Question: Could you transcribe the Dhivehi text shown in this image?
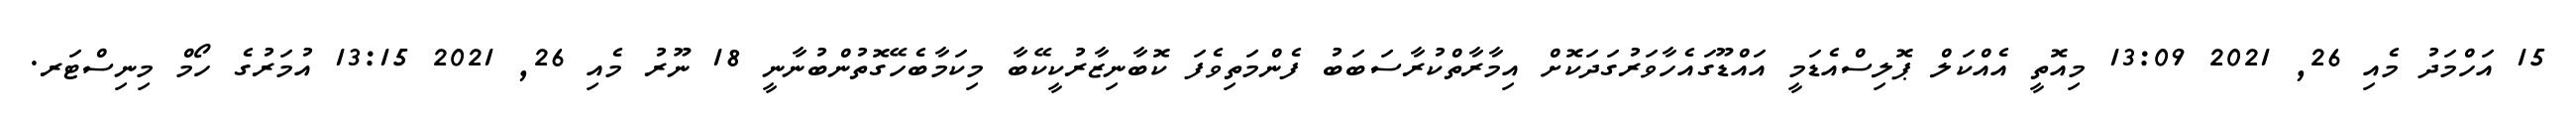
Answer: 15 އަހްމަދު މެއި 26, 2021 13:09 މިއޮތީ އެއްކަލް ޕޮލިސްއެޑަމީ އައްޑޫގައެހާވަރުގަދަކޮށް އިމާރާތްކުރާސަބަބު ފެންމަތިވެފަ ކޮބާނިޒާރުކީކޭބާ މިކަމާބެހޭގޮތުންބުނާނީ 18 ނޫރު މެއި 26, 2021 13:15 އުމަރުގެ ހޯމް މިނިސްޓަރ.